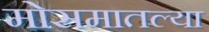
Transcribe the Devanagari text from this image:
मोसमातल्या